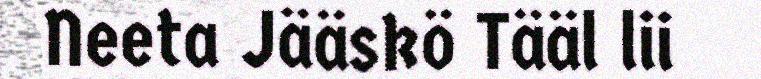
Neeta Jääskö Tääl lii